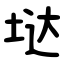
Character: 垯